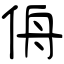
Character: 侜